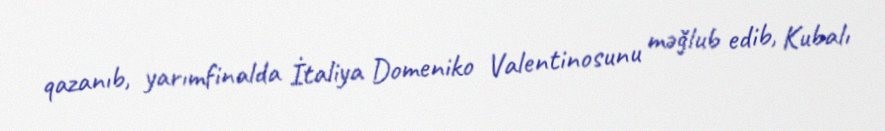
qazanıb, yarımfinalda İtaliya Domeniko Valentinosunu məğlub edib, Kubalı